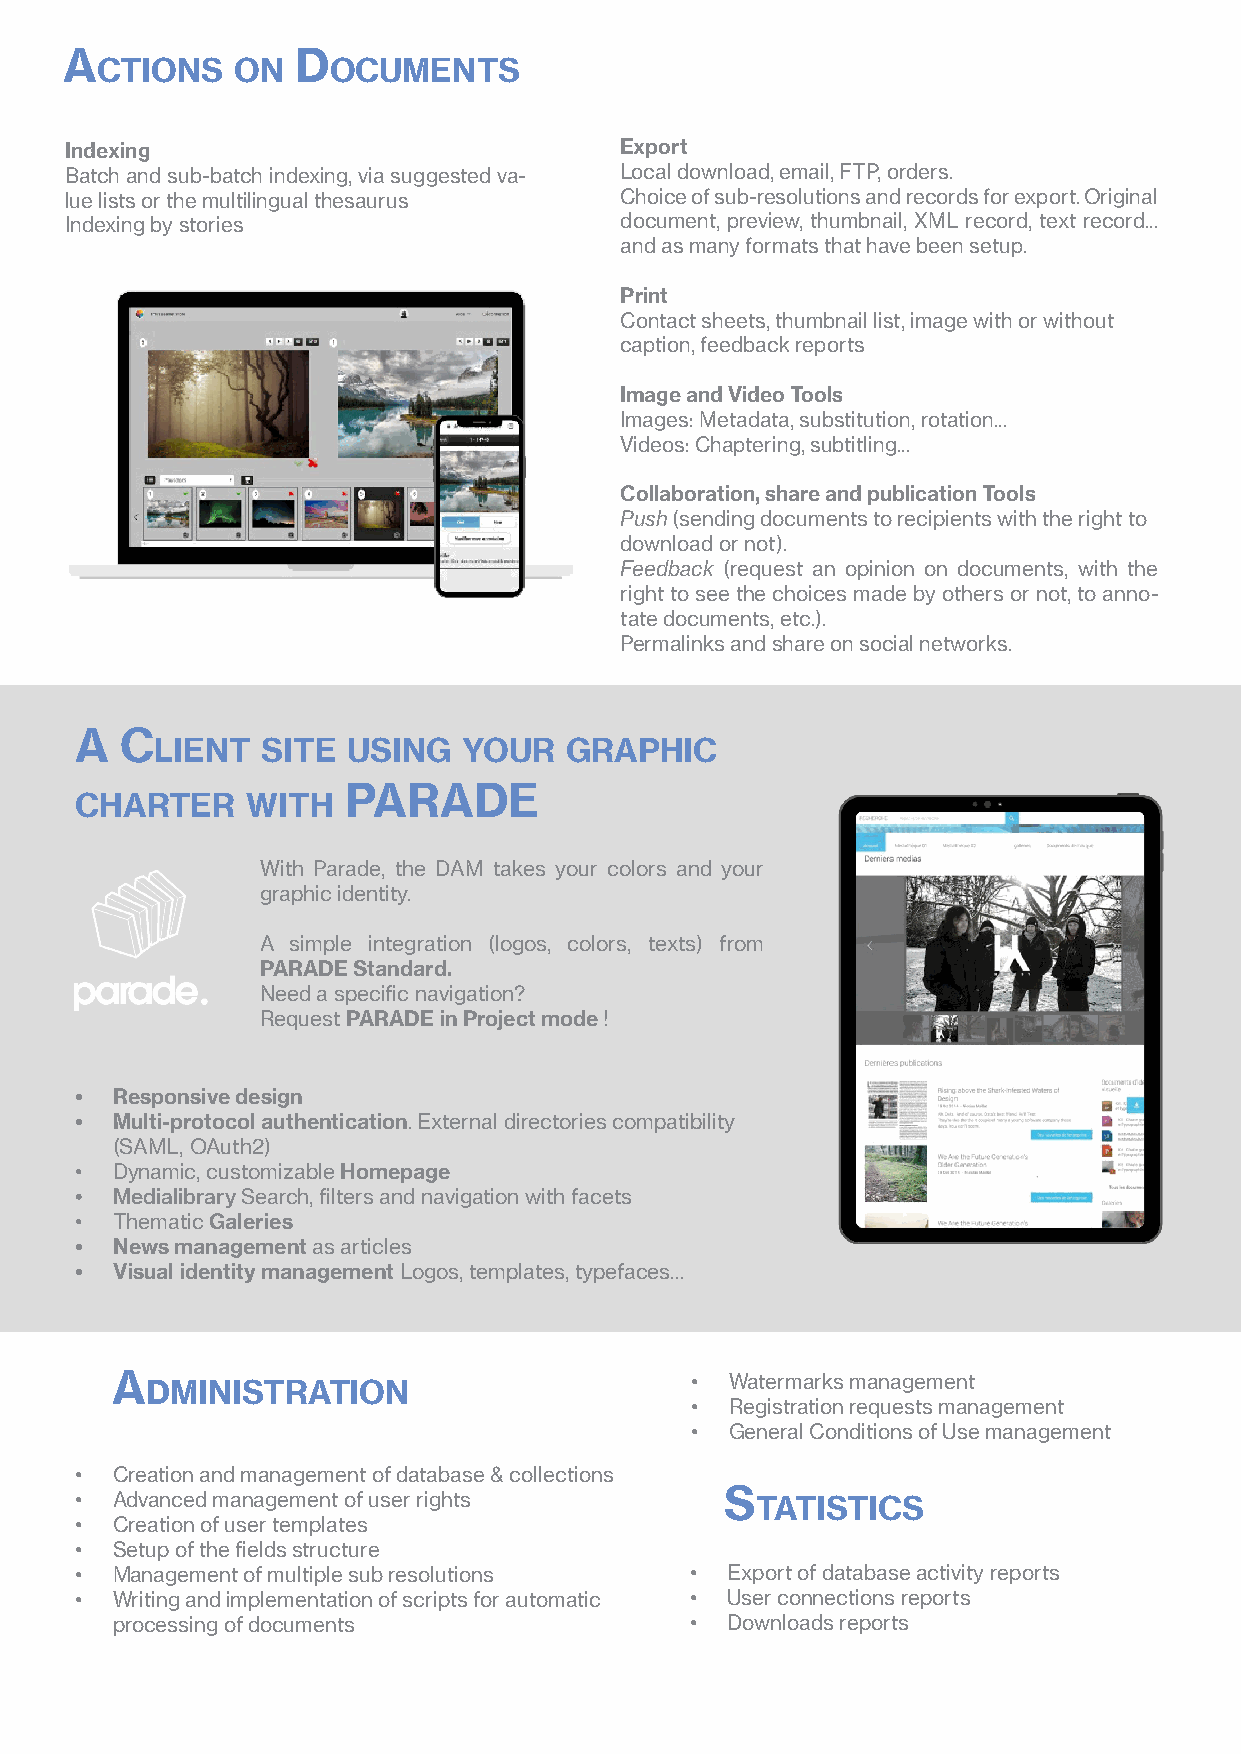
A               d
 ctions    on    ocuments
 Indexing                             Export
 Batch and sub-batch indexing, via suggested va- Local download, email, FTP, orders.
 lue lists or the multilingual thesaurus Choice of sub-resolutions and records for export. Original
 Indexing by stories                  document, preview, thumbnail, XML record, text record...
 and as many formats that have been setup.
 Print
 Contact sheets, thumbnail list, image with or without
 caption, feedback reports
 Image and Video Tools
 Images: Metadata, substitution, rotation...
 Videos: Chaptering, subtitling...
 Collaboration, share and publication Tools
 Push (sending documents to recipients with the right to
 download or not).
 Feedback (request an opinion on documents, with the
 right to see the choices made by others or not, to anno-
 tate documents, etc.).
 Permalinks and share on social networks.
 A  c
 lient  site  using   your  grAPhic
 PArAde
 chArter    with
 With Parade, the DAM takes your colors and your
 graphic identity.
 A simple integration (logos, colors, texts) from
 PARADE Standard.
 Need a specific navigation?
 Request PARADE in Project mode !
 • Responsive design
 • Multi-protocol authentication. External directories compatibility
 (SAML, OAuth2)
 • Dynamic, customizable Homepage
 • Medialibrary Search, filters and navigation with facets
 • Thematic Galeries
 • News management as articles
 • Visual identity management Logos, templates, typefaces...
 A                                      • Watermarks management
 dministrAtion
 • Registration requests management
 • General Conditions of Use management
 • Creation and management of database & collections
 • Advanced management of user rights       s tAtistics
 • Creation of user templates
 • Setup of the fields structure
 • Management of multiple sub resolutions • Export of database activity reports
 • Writing and implementation of scripts for automatic • User connections reports
 processing of documents                • Downloads reports